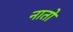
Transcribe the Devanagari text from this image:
नातो